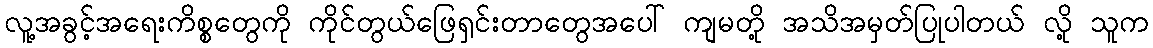
လူ့အခွင့်အရေးကိစ္စတွေကို ကိုင်တွယ်ဖြေရှင်းတာတွေအပေါ် ကျမတို့ အသိအမှတ်ပြုပါတယ် လို့ သူက